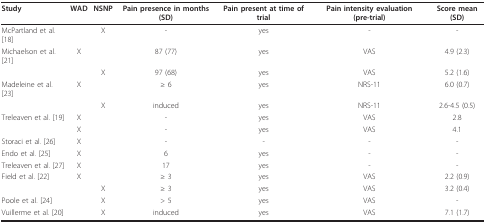
<table><thead><tr><td><b>Study</b></td><td><b>WAD</b></td><td><b>NSNP</b></td><td><b>Pain presence in months (SD)</b></td><td><b>Pain present at time of trial</b></td><td><b>Pain intensity evaluation (pre-trial)</b></td><td><b>Score mean (SD)</b></td></tr></thead><tbody><tr><td>McPartland et al. [18]</td><td></td><td>X</td><td>-</td><td>yes</td><td>-</td><td>-</td></tr><tr><td>Michaelson et al. [21]</td><td>X</td><td></td><td>87 (77)</td><td>yes</td><td>VAS</td><td>4.9 (2.3)</td></tr><tr><td></td><td></td><td>X</td><td>97 (68)</td><td>yes</td><td>VAS</td><td>5.2 (1.6)</td></tr><tr><td>Madeleine et al. [23]</td><td>X</td><td></td><td>≥ 6</td><td>yes</td><td>NRS-11</td><td>6.0 (0.7)</td></tr><tr><td></td><td></td><td>X</td><td>induced</td><td>yes</td><td>NRS-11</td><td>2.6-4.5 (0.5)</td></tr><tr><td>Treleaven et al. [19]</td><td>X</td><td></td><td>-</td><td>yes</td><td>VAS</td><td>2.8</td></tr><tr><td></td><td>X</td><td></td><td>-</td><td>yes</td><td>VAS</td><td>4.1</td></tr><tr><td>Storaci et al. [26]</td><td>X</td><td></td><td>-</td><td>-</td><td>-</td><td>-</td></tr><tr><td>Endo et al. [25]</td><td>X</td><td></td><td>6</td><td>yes</td><td>-</td><td>-</td></tr><tr><td>Treleaven et al. [27]</td><td>X</td><td></td><td>17</td><td>yes</td><td>-</td><td>-</td></tr><tr><td>Field et al. [22]</td><td>X</td><td></td><td>≥ 3</td><td>yes</td><td>VAS</td><td>2.2 (0.9)</td></tr><tr><td></td><td></td><td>X</td><td>≥ 3</td><td>yes</td><td>VAS</td><td>3.2 (0.4)</td></tr><tr><td>Poole et al. [24]</td><td></td><td>X</td><td>&gt; 5</td><td>yes</td><td>VAS</td><td>-</td></tr><tr><td>Vuillerme et al. [20]</td><td></td><td>X</td><td>induced</td><td>yes</td><td>VAS</td><td>7.1 (1.7)</td></tr></tbody></table>